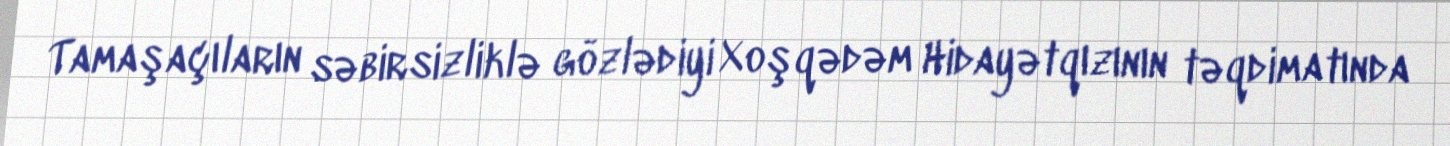
Tamaşaçıların səbirsizliklə gözlədiyi Xoşqədəm Hidayətqızının təqdimatında